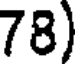
78)